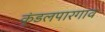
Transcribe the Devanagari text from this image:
कुंडलपारगाव